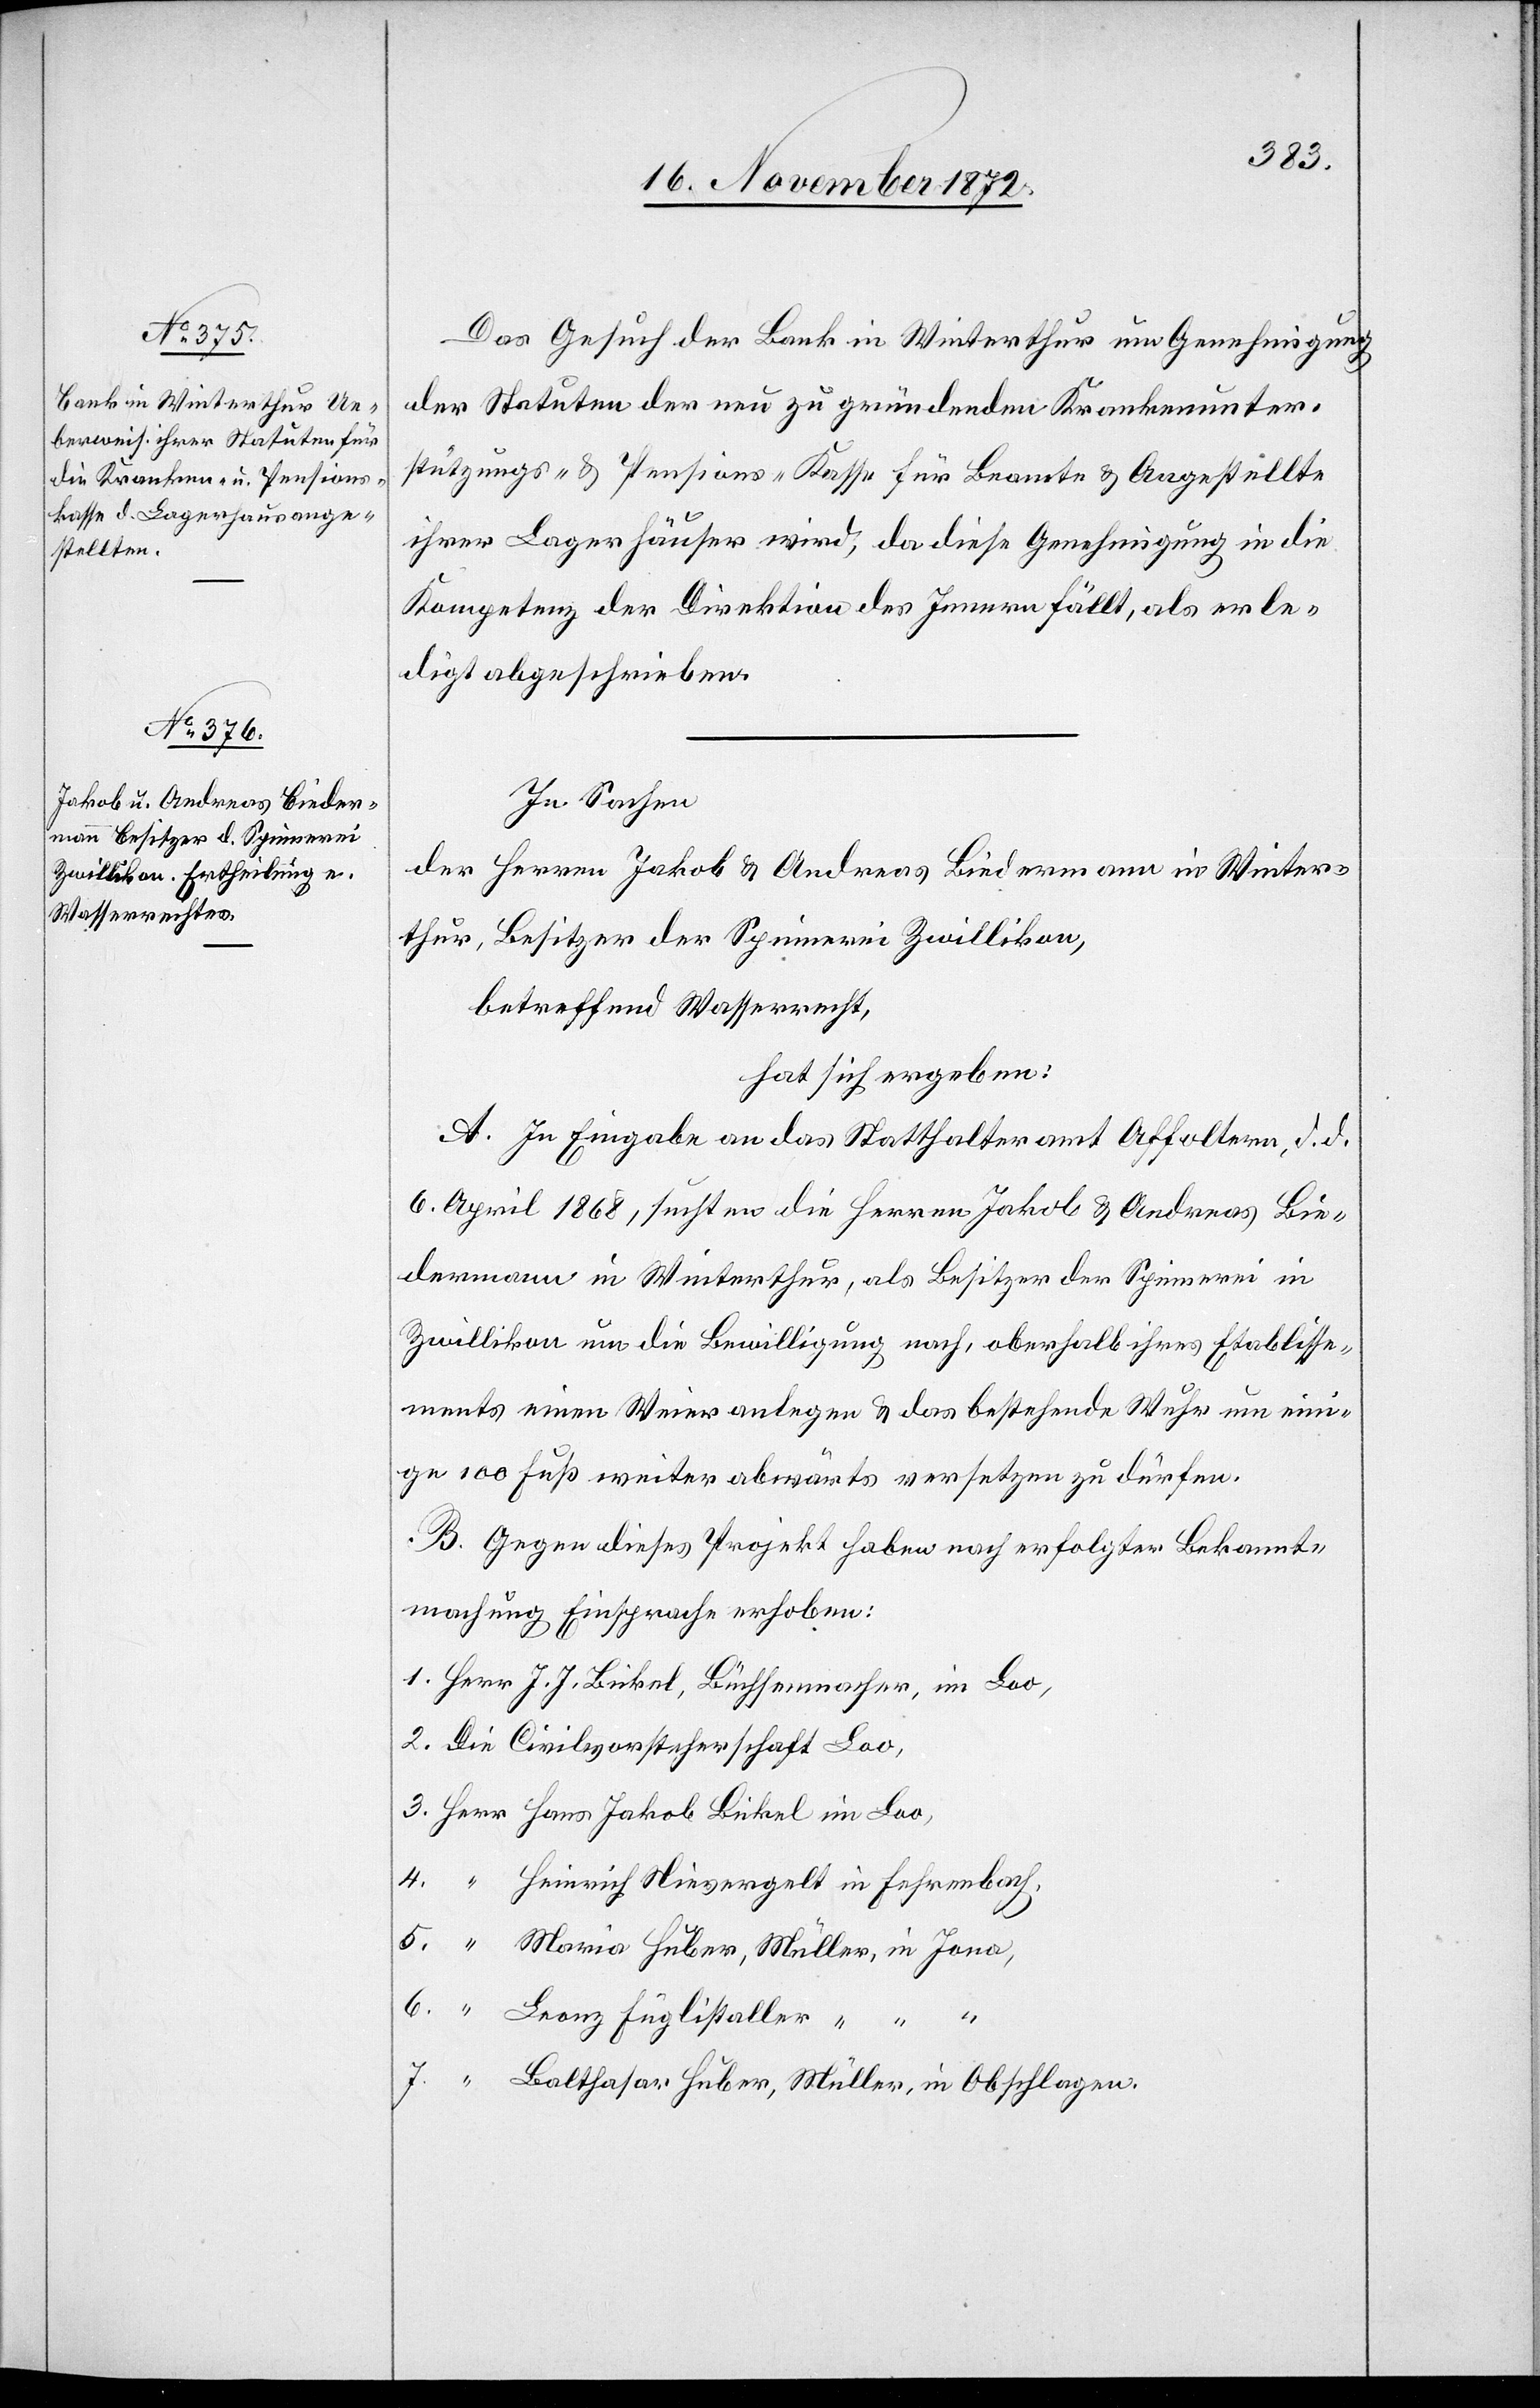
Das Gesuch der Bank in Winterthur um Genehmigung
der Statuten der neu zu gründenden Krankenunter¬
stützungs- u. Pensions-Kasse für Beamte u. Angestellte
ihrer Lagerhäuser wird, da diese Genehmigung in die
Kompetenz der Direktion des Innern fällt, als erle¬
digt abgeschrieben.
In Sachen
Herr
Herren Jakob u. Andreas Biedermann in Winter¬
thur, Besitzer der Spinnerei Zwillikon,
betreffend Wasserrecht,
hat sich ergeben:
A. In Eingabe an das Statthalteramt Affoltern, d. d.
6. April 1868, suchten die Herren Jakob u. Andreas Bie¬
dermann in Winterthur, als Besitzer der Spinnerei in
Zwillikon um die Bewilligung nach, oberhalb ihres Etablisse¬
ments einen Weier anlegen u. das bestehende Wuhr um eini¬
ge 100 Fuß weiter abwärts versetzen zu dürfen.
B. Gegen dieses Projekt haben nach erfolgter Bekannt¬
machung Einsprache erhoben:
Heinrich Nievergelt in Fehrenbach,
5.
Maria Huber, Müller, in Jona,
Balthasar Huber, Müller, in Obschlagen.